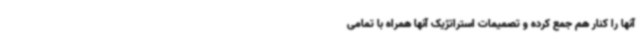
آنها را کنار هم جمع کرده و تصمیمات استراتژیک آنها همراه با تمامی